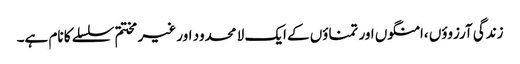
زندگی آرزوؤں ،امنگوں اور تمناؤں کے ایک لا محدود اور غیر مختتم سلسلے کا نام ہے۔